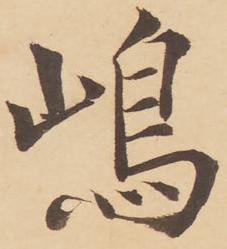
嶋